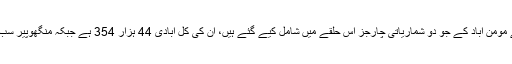
الیکشن کمیشن کی حلقہ بندیوں سے متعلق ایک حالیہ دستاویز کے مطابق اورنگی کے علاقے مومن آباد کے جو دو شماریاتی چارجز اس حلقے میں شامل کیے گئے ہیں، ان کی کل آبادی 44 ہزار 354 ہے جبکہ منگھوپیر سب ڈویژن، جو کہ مکمل طور پر اس حلقے میں ہے، اس کی آبادی 7 لاکھ 13 ہزار 753 ہے۔